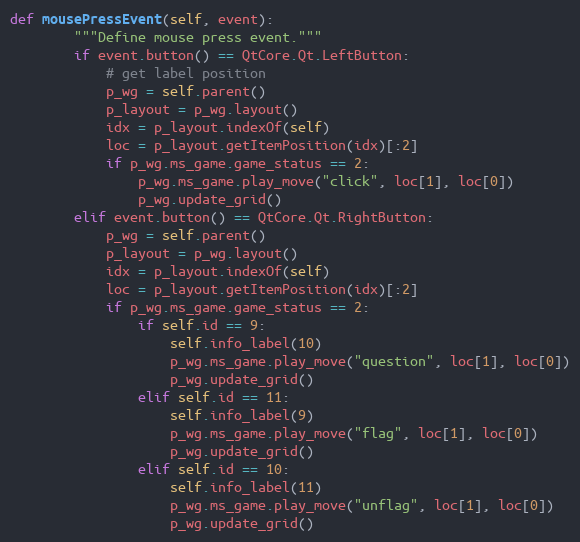
Language: Python
def mousePressEvent(self, event):
        """Define mouse press event."""
        if event.button() == QtCore.Qt.LeftButton:
            # get label position
            p_wg = self.parent()
            p_layout = p_wg.layout()
            idx = p_layout.indexOf(self)
            loc = p_layout.getItemPosition(idx)[:2]
            if p_wg.ms_game.game_status == 2:
                p_wg.ms_game.play_move("click", loc[1], loc[0])
                p_wg.update_grid()
        elif event.button() == QtCore.Qt.RightButton:
            p_wg = self.parent()
            p_layout = p_wg.layout()
            idx = p_layout.indexOf(self)
            loc = p_layout.getItemPosition(idx)[:2]
            if p_wg.ms_game.game_status == 2:
                if self.id == 9:
                    self.info_label(10)
                    p_wg.ms_game.play_move("question", loc[1], loc[0])
                    p_wg.update_grid()
                elif self.id == 11:
                    self.info_label(9)
                    p_wg.ms_game.play_move("flag", loc[1], loc[0])
                    p_wg.update_grid()
                elif self.id == 10:
                    self.info_label(11)
                    p_wg.ms_game.play_move("unflag", loc[1], loc[0])
                    p_wg.update_grid()